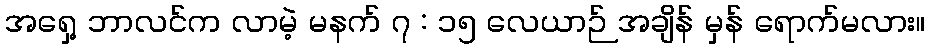
အရှေ့ ဘာလင်က လာမဲ့ မနက် ၇ : ၁၅ လေယာဉ် အချိန် မှန် ရောက်မလား။